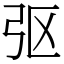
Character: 𫸩